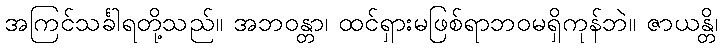
အကြင်သင်္ခါရတို့သည်။ အဘဝန္တာ၊ ထင်ရှားမဖြစ်ရာဘဝမရှိကုန်ဘဲ။ ဇာယန္တိ၊